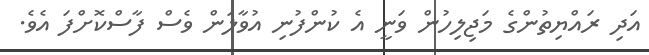
އަދި ރައްޔިތުންގެ މަޖިލިހުން ވަނީ އެ ކުންފުނި އުވާލަން ވެސް ފާސްކޮށްފަ އެވެ.